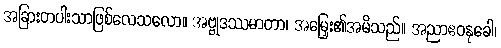
အခြားတပါးသာဖြစ်လေသလော။ အဗ္ဗုဒဿမာတာ၊ အမြှေး၏အမိသည်။ အညာဧဝနုခေါ၊